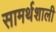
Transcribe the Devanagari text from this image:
सामर्थशाली